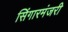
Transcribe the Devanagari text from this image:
सिंगारमंजरी